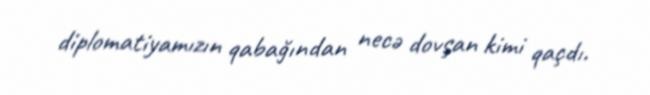
diplomatiyamızın qabağından necə dovşan kimi qaçdı.